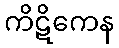
ကိဋိကေန